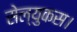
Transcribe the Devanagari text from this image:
सेल्युकस।